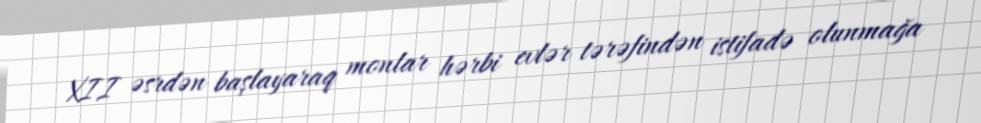
XII əsrdən başlayaraq monlar hərbi evlər tərəfindən istifadə olunmağa